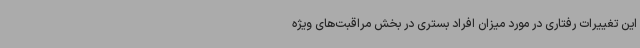
این تغییرات رفتاری در مورد میزان افراد بستری در بخش مراقبت‌های ویژه